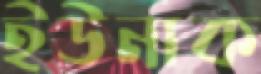
ইউনাক